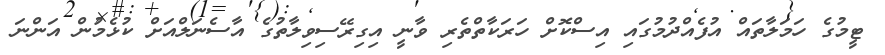
ޓީމުގެ ހަމަލާތައް އުފެއްދުމުގައި އިސްކޮށް ހަރަކާތްތެރި ވާނީ އިގިރޭސިވިލާތުގެ އާސެނަލްއަށް ކުޅެމުން އަންނަ